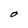
Character: O